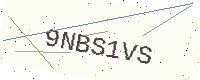
Text: 9NBS1VS